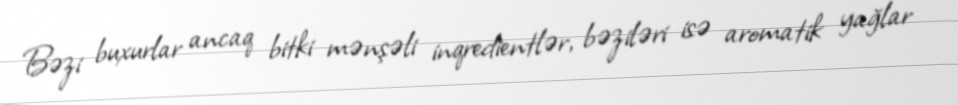
Bəzi buxurlar ancaq bitki mənşəli inqredientlər, bəziləri isə aromatik yağlar